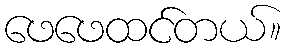
ဖေဖေထင်တယ်။